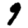
Digit: 9